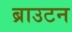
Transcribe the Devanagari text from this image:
ब्राउटन